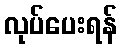
လုပ်ပေးရန်